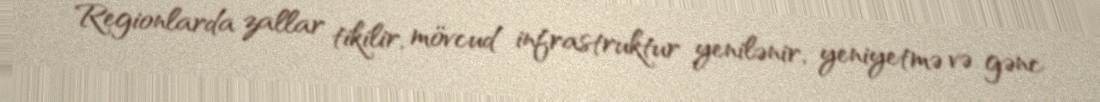
Regionlarda zallar tikilir, mövcud infrastruktur yenilənir, yeniyetmə və gənc